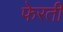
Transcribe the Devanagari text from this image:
फेरती